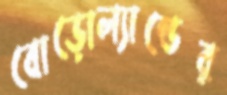
বোড়োল্যান্ডের